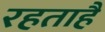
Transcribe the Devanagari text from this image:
रहताहै